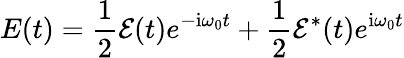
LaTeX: E(t)=\frac{1}{2}\mathcal{E}(t)e^{-\mathrm{{i}}\omega_{0}t}+\frac{1}{2}\mathcal{E}^{*}(t)e^{\mathrm{{i}}\omega_{0}t}